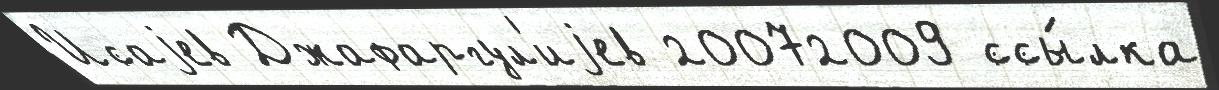
Исаjев Джафаргул'иjев 20072009 ссы́лка